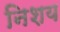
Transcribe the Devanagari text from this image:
निशय